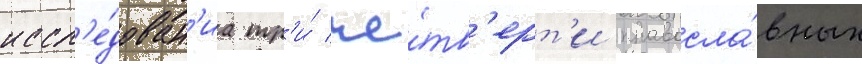
иссл'е́дован'иа тр'и́ че́тв'ерт'и правосла́вных